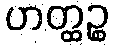
ဟတ္ထဉ္စ